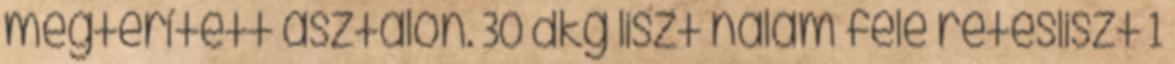
megterített asztalon. 30 dkg liszt nálam fele rétesliszt 1